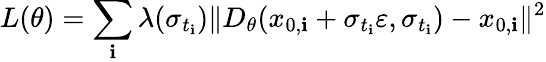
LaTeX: L(\theta)=\sum_{\mathbf{i}}\lambda(\sigma_{t_{\mathbf{i}}})\| D_{\theta}(x_{0,\mathbf{i}}+\sigma_{t_{\mathbf{i}}}\varepsilon,\sigma_{t_{\mathbf{i}}})-x_{0,\mathbf{i}}\| ^{2}